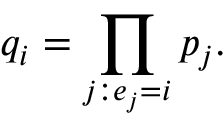
q _ { i } = \prod _ { j : e _ { j } = i } p _ { j } .